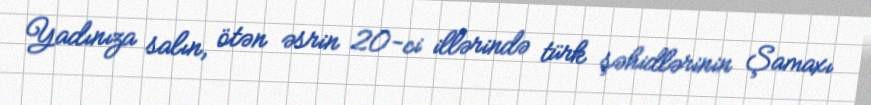
Yadınıza salın, ötən əsrin 20-ci illərində türk şəhidlərinin Şamaxı